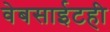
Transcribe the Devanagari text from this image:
वेबसाईटही